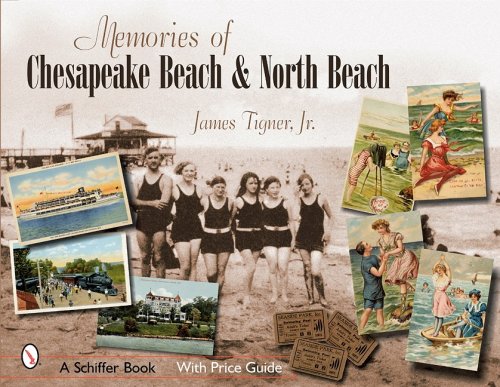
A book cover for Memories of Chesapeake Beach & North Beach, Maryland; James, Jr. Tigner; Travel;